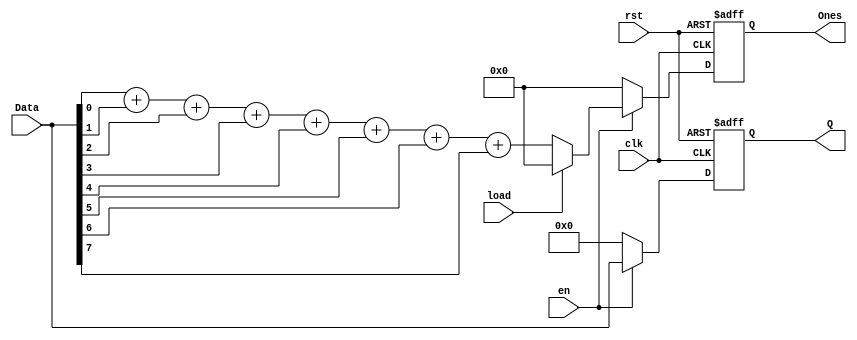
// Code your design here
//parallel shift register
module PLShift_reg(Data,en,rst,clk,load,Ones,Q);
  input [7:0] Data;
  input en,rst,clk,load;
  output reg[3:0] Ones;
  output reg[7:0] Q;

  //internal signal
   integer i;
   wire[3:0] Ones_temp; //for temporary storage of count of ones

   assign Ones_temp =Data[0]+Data[1]+Data[2]+Data[3]+Data[4]+Data[5]+Data[6]+Data[7];

   always @(posedge clk or posedge rst)
     begin
       if(rst) //if reset
         begin
           Q = 0;
           Ones = 0;
         end
       else if (!en) //if not enabled
         begin
           Q = 0;
           Ones = 0;
         end
       else if (load) //if load
         begin
           Q = Data;
           Ones = 0;
         end
       else if (!load)//if not load then count
         begin
           Q = Data;
           Ones = Ones_temp;
         end
     end
endmodule

//modfication to 7 segment

module PLShift_reg_SSeg(Data,en,rst,clk,load,Seg_Out,Q);
  
  input [7:0] Data;
  input en,rst,clk,load;
  output[3:0] Seg_Out;
  output[7:0] Q;
  reg[3:0] Ones=4'b0000;
  reg [7:0] C_Anode_seg;
  
  always@(posedge clk or rst)
    begin
      if(rst)
        Ones = 0;
      else
        Ones = Ones;
    end
  always@(Ones)
    case(Ones)
      4'b0000 : C_Anode_seg<=8'b11000000;
      4'b0001 : C_Anode_seg<=8'b11111001;
      4'b0010 : C_Anode_seg<=8'b10100100;
      4'b0011 : C_Anode_seg<=8'b10110000;
      4'b0100 : C_Anode_seg<=8'b10011001;
      4'b0101 : C_Anode_seg<=8'b10010010;
      4'b0110 : C_Anode_seg<=8'b10000010;
      4'b0111 : C_Anode_seg<=8'b11111000;
      4'b1000 : C_Anode_seg<=8'b10000000;
      4'b1001 : C_Anode_seg<=8'b10010000;
      4'b1010 : C_Anode_seg<=8'b10001000;
      4'b1011 : C_Anode_seg<=8'b10000011;
      4'b1100 : C_Anode_seg<=8'b11000110;
      4'b1101 : C_Anode_seg<=8'b10100001;
      4'b1110 : C_Anode_seg<=8'b10000110;
      4'b0011 : C_Anode_seg<=8'b10001110;
     
      default : C_Anode_seg<=8'b11111111;
    endcase
  
  assign Seg_Out = C_Anode_seg;

endmodule